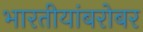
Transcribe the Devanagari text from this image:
भारतीयांबरोबर